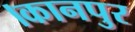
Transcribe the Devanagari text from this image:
।कानपुर